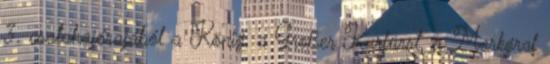
3. csatahajórajából a König, a Großer Kurfürst, a Markgraf